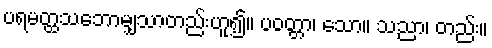
ပရမတ္ထသဘောမျှသာတည်းဟူ၍။ ပဝတ္တာ၊ သော။ သညာ၊ တည်း။